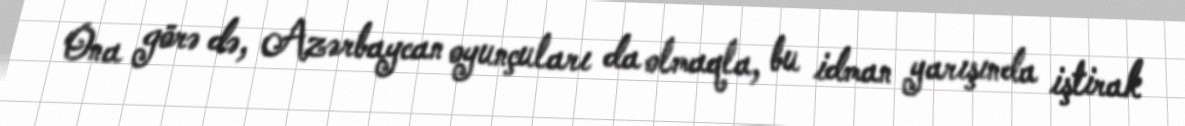
Ona görə də, Azərbaycan oyunçuları da olmaqla, bu idman yarışında iştirak